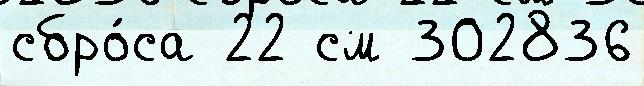
сбро́са 22 см 302836